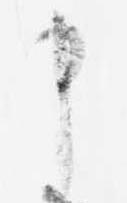
申